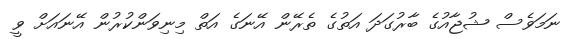
ނަމަވެސް ޝުޖާއުގެ ބާރުގަދަ އަތުގެ ތެރޭން އޭނަގެ އަތް މިނިވަންކުރުން އޭނައަށް ވީ